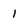
Character: 1